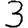
Digit: 3